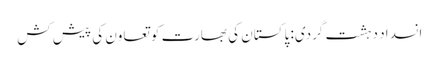
انسداد دہشت گردی: پاکستان کی بھارت کو تعاون کی پیش کش